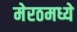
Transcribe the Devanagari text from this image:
मेरठमध्ये